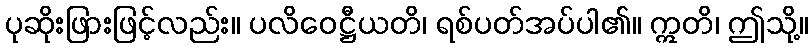
ပုဆိုးဖြားဖြင့်လည်း။ ပလိဝေဋ္ဌီယတိ၊ ရစ်ပတ်အပ်ပါ၏။ ဣတိ၊ ဤသို့။